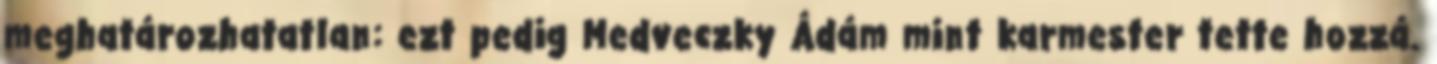
meghatározhatatlan: ezt pedig Medveczky Ádám mint karmester tette hozzá.